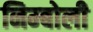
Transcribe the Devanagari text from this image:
निम्‍बोली